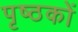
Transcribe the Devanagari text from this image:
पृष्ठकों